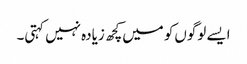
ایسے لوگوں‌کو میں‌کچھ زیادہ نہیں کہتی۔